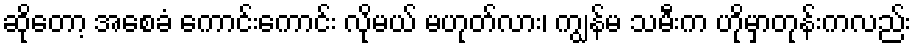
ဆိုတော့ အစေခံ ကောင်းကောင်း လိုမယ် မဟုတ်လား၊ ကျွန်မ သမီးက ဟိုမှာတုန်းကလည်း